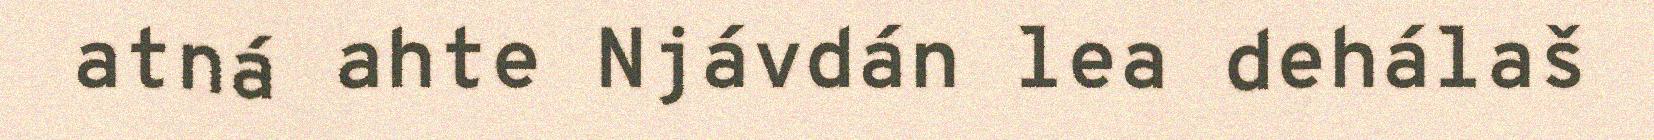
atná ahte Njávdán lea dehálaš